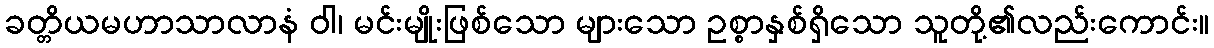
ခတ္တိယမဟာသာလာနံ ဝါ၊ မင်းမျိုးဖြစ်သော များသော ဥစ္စာနှစ်ရှိသော သူတို့၏လည်းကောင်း။